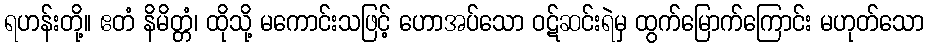
ရဟန်းတို့။ ဧတံ နိမိတ္တံ၊ ထိုသို့ မကောင်းသဖြင့် ဟောအပ်သော ဝဋ်ဆင်းရဲမှ ထွက်မြောက်ကြောင်း မဟုတ်သော